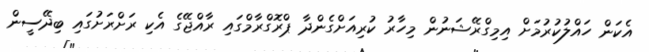
އެކަން ހައްލުކުރުމަށް އިމިގްރޭޝަނުން މިހާރު ކުރިއަށްގެންދާ ޕްރޮގްރާމްގައި ރާއްޖޭގެ އެކި ރަށްރަށުގައި ބިދޭސީން